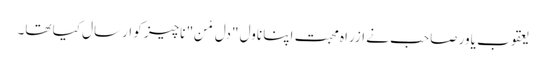
یعقوب یاور صاحب نے ازراہ محبت اپنا ناول "دل مْن" ناچیز کو ارسال کیا تھا۔